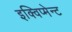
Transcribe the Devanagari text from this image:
इक्विप्मेन्ट